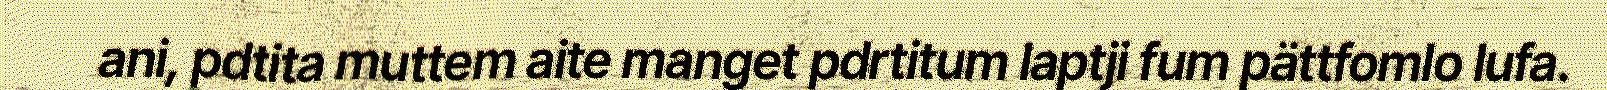
ani, pdtita muttem aite manget pdrtitum laptji fum pättfomlo lufa.